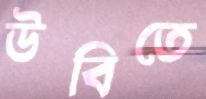
উবিতে